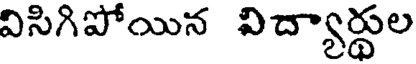
విసిగిపోయిన విద్యార్థుల